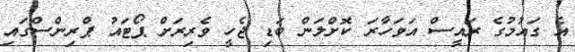
އެ ގައުމުގެ ރައީސް އަވަހާރަ ކޮށްލަން ބަޑި ޖެހީ ވެރިރަށް ޕޯޓައު ޕްރިންސްގައި